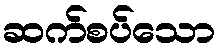
ဆက်စပ်သော